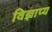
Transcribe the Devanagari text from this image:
विज्ञाप्य